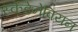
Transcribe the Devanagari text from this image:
स्केंडेनेवियन